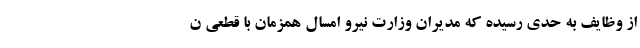
از وظایف به حدی رسیده که مدیران وزارت نیرو امسال همزمان با قطعی ن